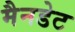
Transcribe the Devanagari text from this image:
मैनडेट